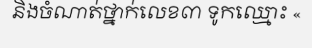
និងចំណាត់ថ្នាក់លេខ៣ ទូកឈ្មោះ «